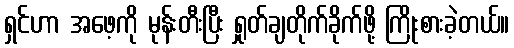
ရှင်ဟာ အဖေ့ကို မုန်းတီးပြီး ရှုတ်ချတိုက်ခိုက်ဖို့ ကြိုးစားခဲ့တယ်။